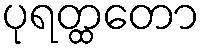
ပုရတ္ထတော